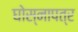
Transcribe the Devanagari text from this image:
घोस्नापत्र